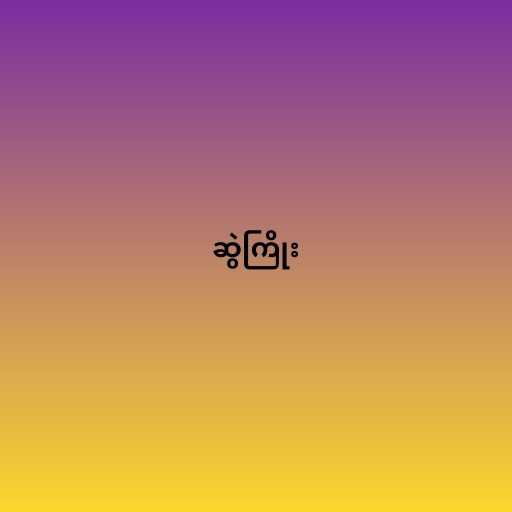
ဆွဲကြိုး